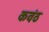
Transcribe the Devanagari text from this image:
कवंठ